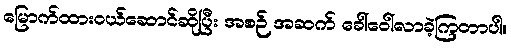
မြောက်ထားဝယ်ဆောင်ဆိုပြီး အစဉ် အဆက် ခေါ်ဝေါ်လာခဲ့ကြတာပါ။